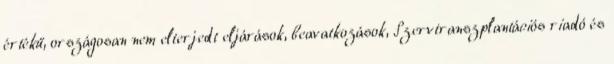
értékű, országosan nem elterjedt eljárások, beavatkozások, Szervtranszplantációs riadó és